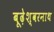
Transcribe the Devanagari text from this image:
बूढ़ेश्वरनाथ